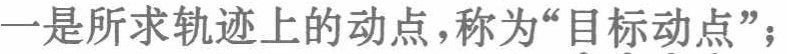
一是所求轨迹上的动点，称为“目标动点”；